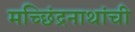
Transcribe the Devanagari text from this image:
मच्छिंद्रनाथांची